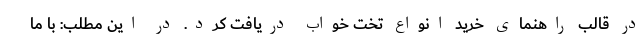
در قالب راهنمای خرید انواع تخت خواب دریافت کرد. در این مطلب: با ما